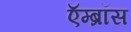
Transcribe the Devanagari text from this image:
ऍम्ब्रॉस